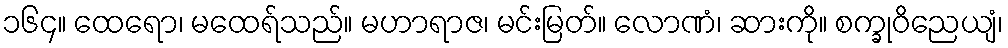
၁၆၄။ ထေရော၊ မထေရ်သည်။ မဟာရာဇ၊ မင်းမြတ်။ လောဏံ၊ ဆားကို။ စက္ခုဝိညေယျံ၊